Vaccination in Bombay 1863-1868 - 1863-1868
Year: 1863
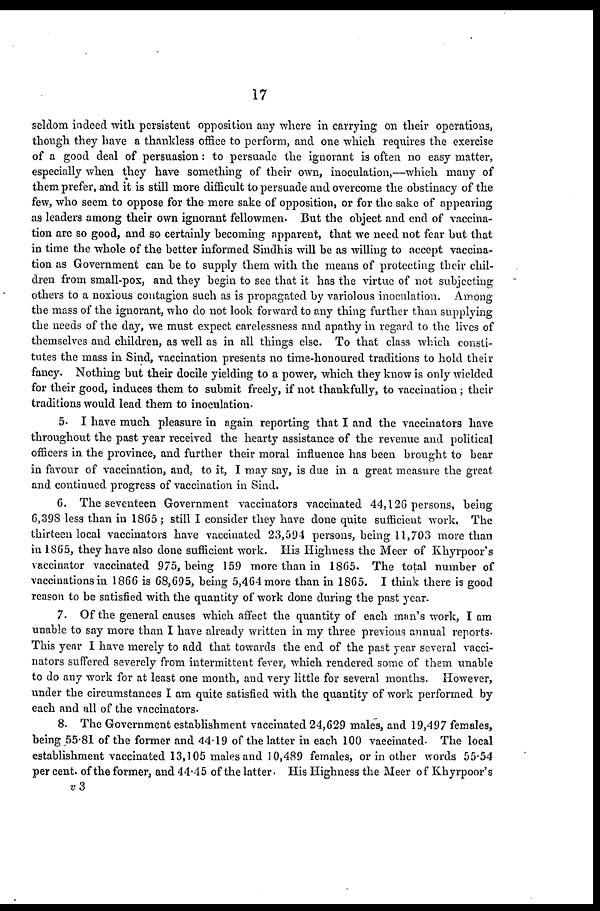
17
seldom indeed with persistent opposition any where in carrying on their operations,
though they have a thankless office to perform, and one which requires the exercise
of a good deal of persuasion: to persuade the ignorant is often no easy matter,
especially when they have something of their own, inoculation,—which many of
them prefer, and it is still more difficult to persuade and overcome the obstinacy of the
few, who seem to oppose for the mere sake of opposition, or for the sake of appearing
as leaders among their own ignorant fellowmen. But the object and end of vaccina-
tion are so good, and so certainly becoming apparent, that we need not fear but that
in time the whole of the better informed Sindhis will be as willing to accept vaccina-
tion as Government can be to supply them with the means of protecting their chil-
dren from small-pox, and they begin to see that it has the virtue of not subjecting
others to a noxious contagion such as is propagated by variolous inoculation. Among
the mass of the ignorant, who do not look forward to any thing further than supplying
the needs of the day, we must expect carelessness and apathy in regard to the lives of
themselves and children, as well as in all things else. To that class which consti-
tutes the mass in Sind, vaccination presents no time-honoured traditions to hold their
fancy. Nothing but their docile yielding to a power, which they know is only wielded
for their good, induces them to submit freely, if not thankfully, to vaccination; their
traditions would lead them to inoculation.
5. I have much pleasure in again reporting that I and the vaccinators have
throughout the past year received the hearty assistance of the revenue and political
officers in the province, and further their moral influence has been brought to bear
in favour of vaccination, and, to it, I may say, is due in a great measure the great
and continued progress of vaccination in Sind.
6. The seventeen Government vaccinators vaccinated 44,126 persons, being
6,398 less than in 1865 ; still I consider they have done quite sufficient work. The
thirteen local vaccinators have vaccinated 23,594 persons, being 11,703 more than
in 1865, they have also done sufficient work. His Highness the Meer of Khyrpoor's
vaccinator vaccinated 975, being 159 more than in 1865. The total number of
vaccinations in 1866 is 68,695, being 5,464 more than in 1865. I think there is good
reason to be satisfied with the quantity of work done during the past year.
7. Of the general causes which affect the quantity of each man's work, I am
unable to say more than I have already written in my three previous annual reports.
This year I have merely to add that towards the end of the past year several vacci-
nators suffered severely from intermittent fever, which rendered some of them unable
to do any work for at least one month, and very little for several months. However,
under the circumstances I am quite satisfied with the quantity of work performed by
each and all of the vaccinators.
8. The Government establishment vaccinated 24,629 males, and 19,497 females,
being 55.81 of the former and 44.19 of the latter in each 100 vaccinated. The local
establishment vaccinated 13,105 males and 10,489 females, or in other words 55.54
per cent. of the former, and 44.45 of the latter. His Highness the Meer of Khyrpoor's
v3